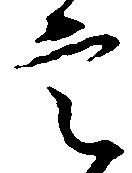
定